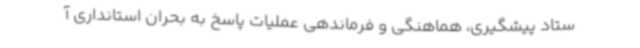
ستاد پیشگیری، هماهنگی و فرماندهی عملیات پاسخ به بحران استانداری آ